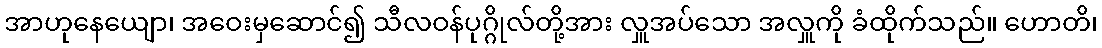
အာဟုနေယျော၊ အဝေးမှဆောင်၍ သီလဝန်ပုဂ္ဂိုလ်တို့အား လှူအပ်သော အလှူကို ခံထိုက်သည်။ ဟောတိ၊